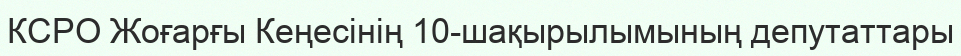
КСРО Жоғарғы Кеңесінің 10-шақырылымының депутаттары